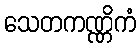
သေတကဏ္ဏိကံ